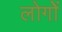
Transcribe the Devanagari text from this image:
लोगोें